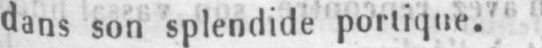
dans son splendide portique.